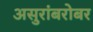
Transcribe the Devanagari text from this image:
असुरांबरोबर